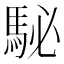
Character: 駜